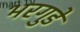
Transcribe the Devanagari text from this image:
भरगुडे